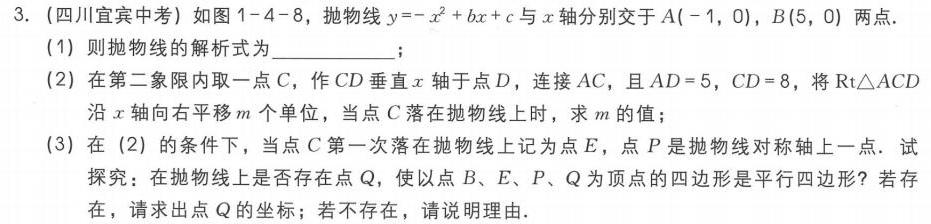
3. (四川宜宾中考) 如图1 - 4 - 8，抛物线\(y=-x^{2}+bx + c\)与\(x\)轴分别交于\(A(-1,0)\)，\(B(5,0)\)两点.
(1) 则抛物线的解析式为  ；
(2) 在第二象限内取一点\(C\)，作\(CD\)垂直\(x\)轴于点\(D\)，连接\(AC\)，且\(AD = 5\)，\(CD = 8\)，将\(\text{Rt}\triangle ACD\)沿\(x\)轴向右平移\(m\)个单位，当点\(C\)落在抛物线上时，求\(m\)的值；
(3) 在 (2) 的条件下，当点\(C\)第一次落在抛物线上记为点\(E\)，点\(P\)是抛物线对称轴上一点. 试探究：在抛物线上是否存在点\(Q\)，使以点\(B\)、\(E\)、\(P\)、\(Q\)为顶点的四边形是平行四边形？若存在，请求出点\(Q\)的坐标；若不存在，请说明理由.